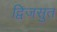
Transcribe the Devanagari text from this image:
द्विजसुत